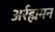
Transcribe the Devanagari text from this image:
अर्रह्ममन